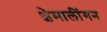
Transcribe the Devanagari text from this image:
क्षेमालींगन